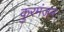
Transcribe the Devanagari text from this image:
कुरमंजन